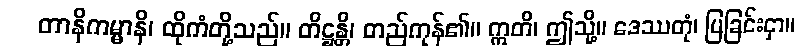
တာနိကမ္မာနိ၊ ထိုကံတို့သည်။ တိဋ္ဌန္တိ၊ တည်ကုန်၏။ ဣတိ၊ ဤသို့။ ဒေဿတုံ၊ ပြခြင်းငှာ။